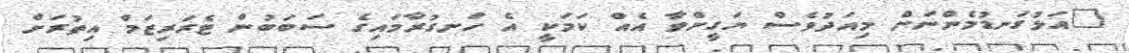
"އަޅުގަނޑުމެންނަށް މިއަދުވެސް ޔަގީންވާ އެއް ކަމަކީ އެ ހަނގުރާމައިގެ ސަބަބުން ޓެރަރިޒަމް އިތުރަށް